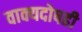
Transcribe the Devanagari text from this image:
वाक्यदोषही